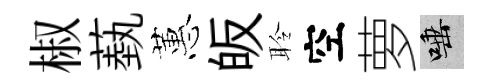
椒蓺蕙皈聆空萝唾